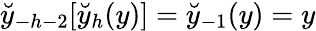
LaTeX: \breve{y}_{-h-2}[\breve{y}_{h}(y)]=\breve{y}_{-1}(y)=y